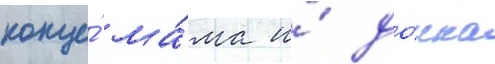
конце́ ма́ма и́ до́чка